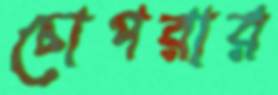
চোপরার